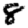
Digit: 8